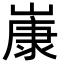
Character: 𡻚